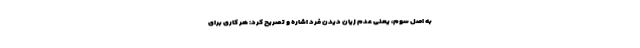
به اصل سوم، یعنی عدم زیان دیدن فرد اشاره و تصریح کرد: هر کاری برای